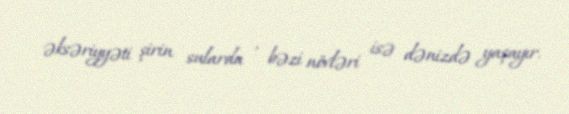
əksəriyyəti şirin sularda , bəzi növləri isə dənizdə yaşayır.